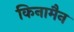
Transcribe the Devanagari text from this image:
किनामैन